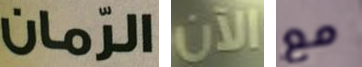
الرمان الآن مع